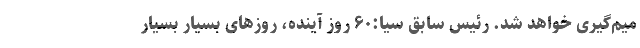
میم‌گیری خواهد شد. رئیس سابق سیا:۶۰ روز آینده، روزهای بسیار بسیار